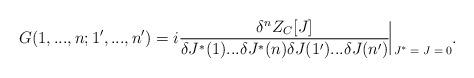
LaTeX: \begin{align*}G (1, ..., n; 1', ..., n') = i \frac{\delta^n Z_C [J]}{\delta J^* (1) ... \delta J^* (n) \delta J (1') ... \delta J (n')} \rule[-3mm]{.14mm}{8.5mm} \raisebox{-2.85mm}{\scriptsize{$\; J^* = J = 0$}} . \end{align*}